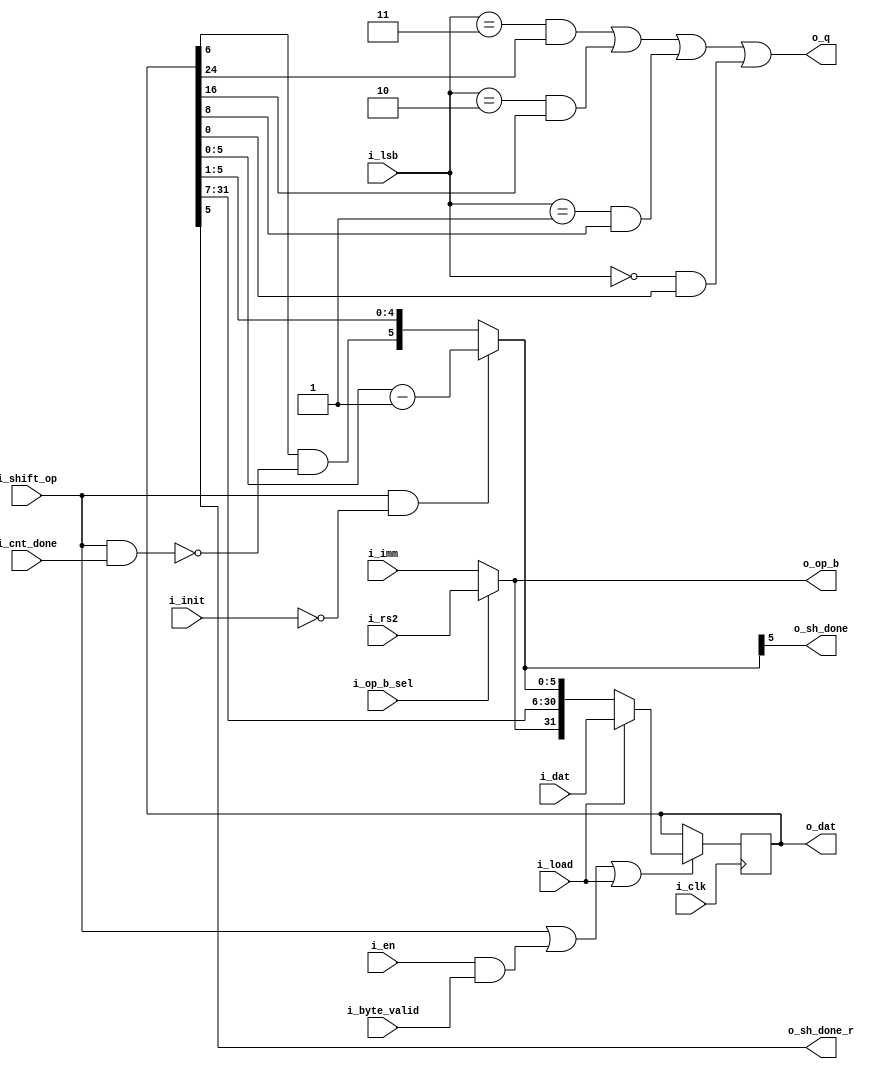
// This program was cloned from: https://github.com/olofk/serv
// License: ISC License

module serv_bufreg2
  (
   input wire 	      i_clk,
   //State
   input wire 	      i_en,
   input wire 	      i_init,
   input wire 	      i_cnt_done,
   input wire [1:0]   i_lsb,
   input wire 	      i_byte_valid,
   output wire 	      o_sh_done,
   output wire 	      o_sh_done_r,
   //Control
   input wire 	      i_op_b_sel,
   input wire 	      i_shift_op,
   //Data
   input wire 	      i_rs2,
   input wire 	      i_imm,
   output wire 	      o_op_b,
   output wire 	      o_q,
   //External
   output wire [31:0] o_dat,
   input wire 	      i_load,
   input wire [31:0]  i_dat);

   reg [31:0] 	 dat;

   assign o_op_b = i_op_b_sel ? i_rs2 : i_imm;

   wire 	 dat_en = i_shift_op | (i_en & i_byte_valid);

   /* The dat register has three different use cases for store, load and
    shift operations.
    store : Data to be written is shifted to the correct position in dat during
            init by dat_en and is presented on the data bus as o_wb_dat
    load  : Data from the bus gets latched into dat during i_wb_ack and is then
            shifted out at the appropriate time to end up in the correct
            position in rd
    shift : Data is shifted in during init. After that, the six LSB are used as
            a downcounter (with bit 5 initially set to 0) that triggers
            o_sh_done and o_sh_done_r when they wrap around to indicate that
            the requested number of shifts have been performed
    */
   wire [5:0] dat_shamt = (i_shift_op & !i_init) ?
	      //Down counter mode
	      dat[5:0]-1 :
	      //Shift reg mode with optional clearing of bit 5
	      {dat[6] & !(i_shift_op & i_cnt_done),dat[5:1]};

   assign o_sh_done = dat_shamt[5];
   assign o_sh_done_r = dat[5];

   assign o_q =
	       ((i_lsb == 2'd3) & dat[24]) |
	       ((i_lsb == 2'd2) & dat[16]) |
	       ((i_lsb == 2'd1) & dat[8]) |
	       ((i_lsb == 2'd0) & dat[0]);

   assign o_dat = dat;

   always @(posedge i_clk) begin
      if (dat_en | i_load)
	dat <= i_load ? i_dat : {o_op_b, dat[31:7], dat_shamt};
   end

endmodule